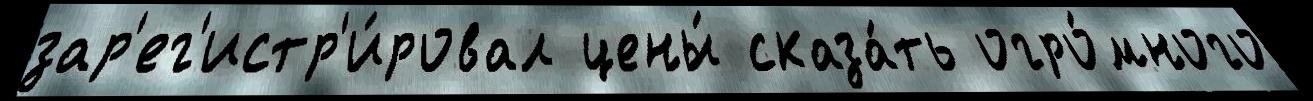
зар'ег'истр'и́ровал цены́ сказа́ть огро́много